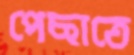
পেছাতে